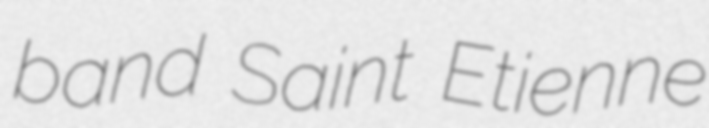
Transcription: band Saint Etienne